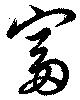
富